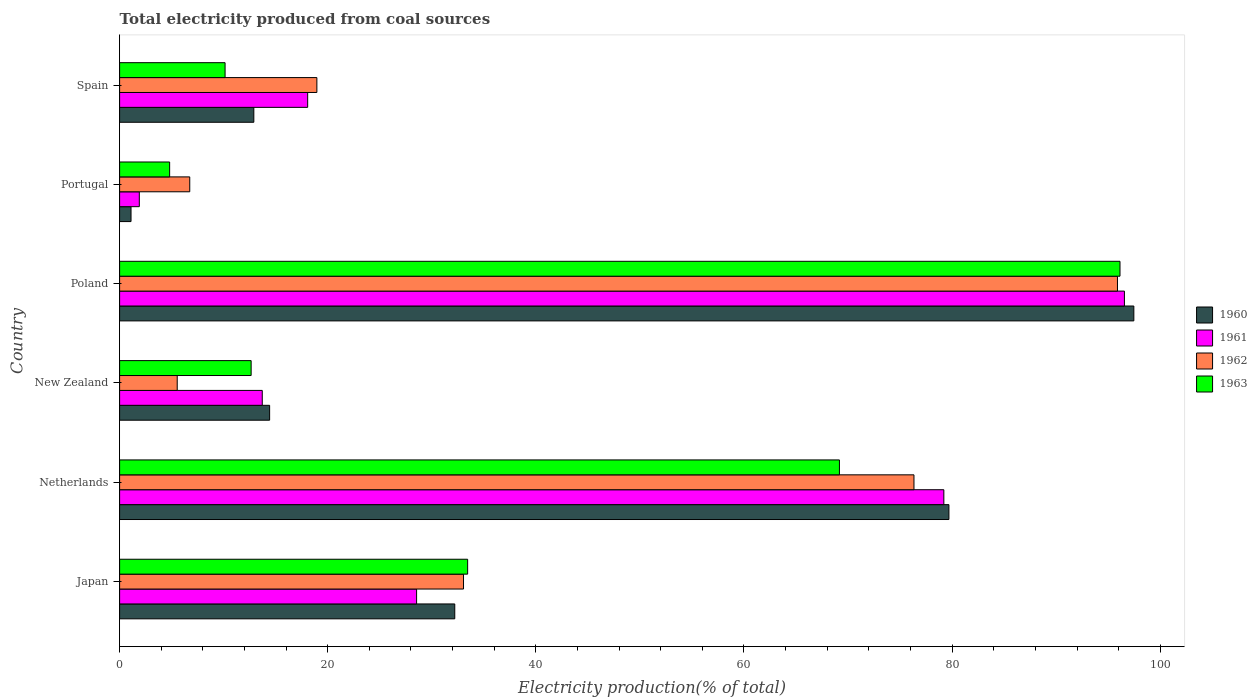
| Country | 1960 | 1961 | 1962 | 1963 |
 | --- | --- | --- | --- | --- |
 | Japan | 32.2 | 28.5 | 33 | 33.4 |
 | Netherlands | 79.7 | 79.2 | 76.3 | 69.2 |
 | New Zealand | 14.4 | 13.7 | 5.54 | 12.6 |
 | Poland | 97.5 | 96.6 | 95.9 | 96.1 |
 | Portugal | 1.1 | 1.89 | 6.74 | 4.81 |
 | Spain | 12.9 | 18.1 | 19 | 10.1 |